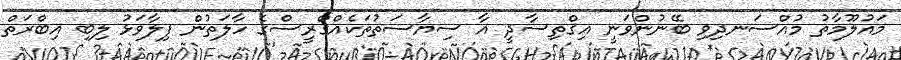
މައުލޫމާތު މުއްސަނދިވި ބޭނުންވަނީ އިޤްތިސާދީ އާ ސިޔާސަތުތަކެއްގްރީސްގެ ހާލަތުން ފިލާވަޅު ލިބި އިބްރަތް